Report on sanitation, dispensaries, and jails in Rajputana for 1918, and on vaccination for the year 1918-1919 - 1918-1919
Year: 1918
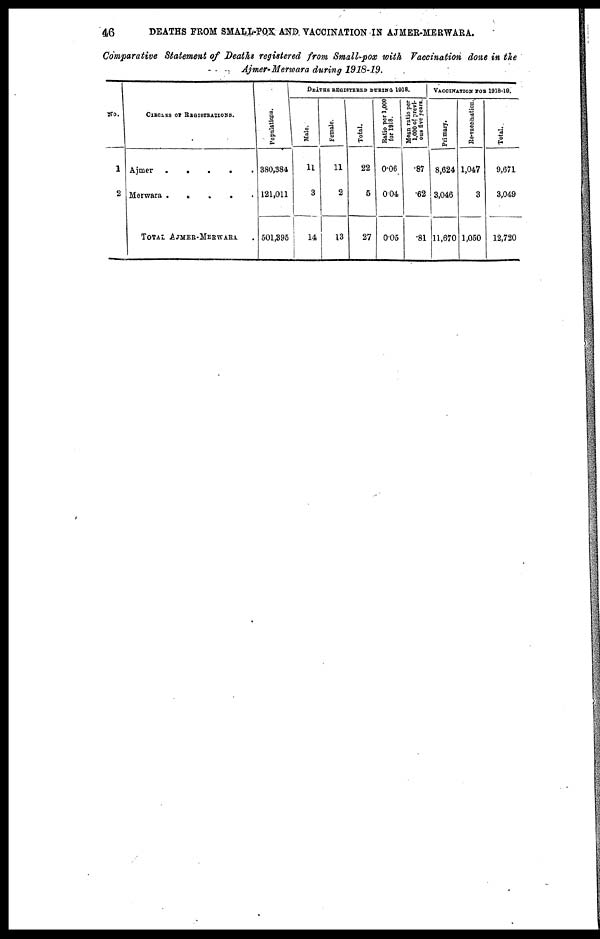
46
DEATHS FROM SMALL-POX AND VACCINATION IN AJMER-MERWARA.
Comparative Statement of Deaths registered from Small-pox with Vaccination done in the
Ajmer-Merwara during 1918-19.
No.
1
2
CIRCLES OF REGISTRATIONS.
Ajmer
.
.
. . .
Merwara .
.
.
.
.
TOTAL AJMER-MERWARA.
Populations.
380,384
121,011
501,395
DEATHS REGISTERED DURING 1918.
Male.
11
3
14
Female.
11
2
13
Total.
22
5
27
Ratio per 1,000
for 1018.
0.06
0.04
0.05
Mean ratio per
1,000 of previ-
ous five years.
.87
.62
.81
VACCINATION FOR 1918-19.
Primary.
8,624
3,046
11,670
Re-vaccination.
1,047
3
1,050
Total.
9,671
3,049
12,720